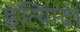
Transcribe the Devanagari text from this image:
इत्यािद।